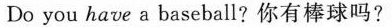
Do you have a baseball?你有棒球吗?